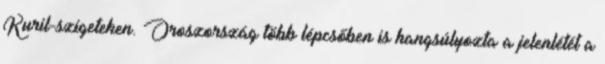
Kuril-szigeteken. Oroszország több lépcsőben is hangsúlyozta a jelenlétét a